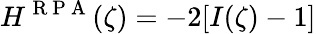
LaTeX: H^{\mathrm{~R~P~A~}}(\zeta)=-2[I(\zeta)-1]